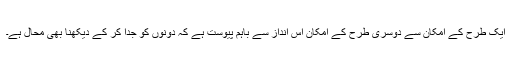
ایک طرح کے اِمکان سے دوسری طرح کے اِمکان اِس انداز سے باہم پیوست ہے کہ دونوں کو جدا کر کے دیکھنا بھی محال ہے۔